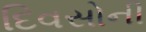
દિવસોની